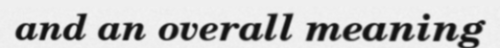
and an overall meaning